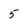
Character: 5